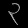
Digit: ၃